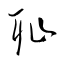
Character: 耻